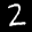
Label: 2